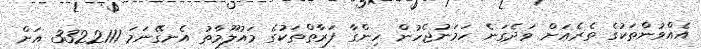
އެއްވުންތަކުގެ ތެރެއަށް ވަދެގަނެ ހަމަނުޖެހުން ހިންގާ ފަރާތްތަކުގެ މައުލޫމާތު އެނގޭނަމަ 3322111 އަށް